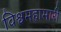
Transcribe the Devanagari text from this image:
विश्वमहामारी